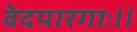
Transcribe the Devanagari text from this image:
वेदपारगाः॥